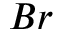
B r